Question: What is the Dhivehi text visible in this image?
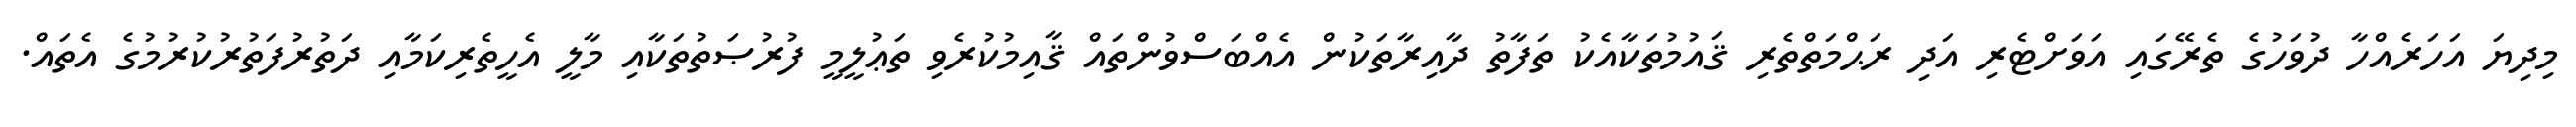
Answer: މިދިޔަ އަހަރެއްހާ ދުވަހުގެ ތެރޭގައި އަވަށްޓެރި އަދި ރަޙްމަތްތެރި ޤައުމުތަކާއެކު ތަފާތު ދާއިރާތަކުން އެއްބަސްވުންތައް ޤާއިމުކުރެވި ތަޢުލީމީ ފުރުޞަތުތަކާއި މާލީ އެހީތެރިކަމާއި ދަތުރުފަތުރުކުރުމުގެ އެތައް.